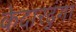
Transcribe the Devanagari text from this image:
केदारढुंगा